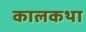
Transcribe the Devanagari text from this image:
कालकथा